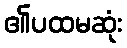
၏ပထမဆုံး